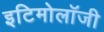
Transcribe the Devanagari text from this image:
इटिमोलॉजी